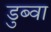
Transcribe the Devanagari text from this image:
डुब्वा